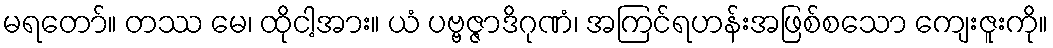
မရတော်။ တဿ မေ၊ ထိုငါ့အား။ ယံ ပဗ္ဗဇ္ဇာဒိဂုဏံ၊ အကြင်ရဟန်းအဖြစ်စသော ကျေးဇူးကို။